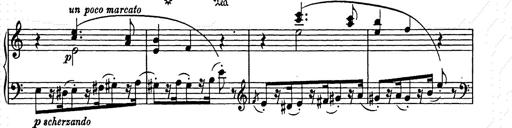
Title: Weihnachtsbaum
Composer: Franz Liszt